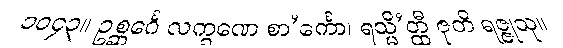
၁၀၄၃။ ဥစ္ဆင်္ဂေ လက္ခဏေ စာ’င်္ကော၊ ရသ္မိ’တ္ထီ ဇုတိ ရဇ္ဇုသု။